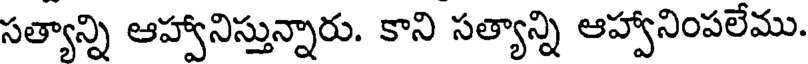
సత్యాన్ని ఆహ్వానిస్తున్నారు. కాని సత్యాన్ని ఆహ్వానింపలేము.